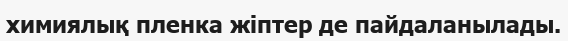
химиялық пленка жіптер де пайдаланылады.